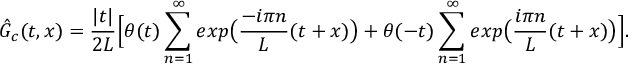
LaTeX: \hat { G } _ { c } ( t , x ) = { \frac { | t | } { 2 L } } \Big [ \theta ( t ) \sum _ { n = 1 } ^ { \infty } e x p \big ( { \frac { - i \pi n } { L } } ( t + x ) \big ) + \theta ( - t ) \sum _ { n = 1 } ^ { \infty } e x p \big ( { \frac { i \pi n } { L } } ( t + x ) \big ) \Big ] .